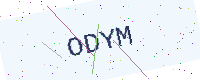
Text: ODYM